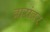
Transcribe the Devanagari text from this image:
वारांवर